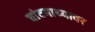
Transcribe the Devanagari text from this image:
घांटमाथ्यावर